Lyperosia minuta, Bezzi - Number 59
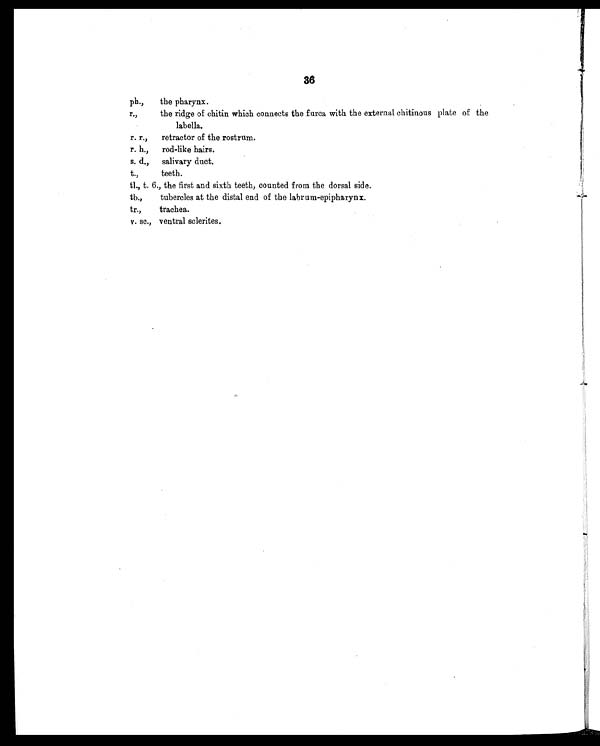
36
ph.,
the pharynx.
r.,
the ridge of chitin which connects the furca with the external chitinous plate of the
labella.
r. r.,
retractor of the rostrum.
r. h.,
rod-like hairs.
s. d.,
salivary duct.
t.,
teeth.
tl., t. 6., the first and sixth teeth, counted from the dorsal side.
tb.,
tubercles at the distal end of the labrum-epipharynx.
tr.,
trachea.
v. sc., ventral sclerites.